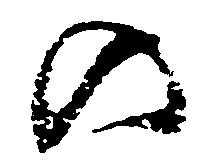
の